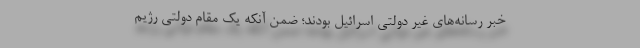
خبر رسانه‌های غیر دولتی اسرائیل بودند؛ ضمن آنکه یک مقام دولتی رژیم